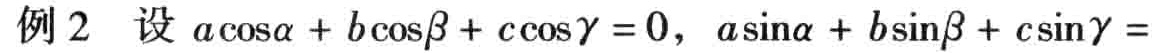
例 2 设 \(a\cos\alpha + b\cos\beta + c\cos\gamma = 0\)，\(a\sin\alpha + b\sin\beta + c\sin\gamma =\)